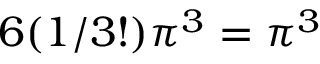
6 ( 1 / 3 ! ) \pi ^ { 3 } = \pi ^ { 3 }